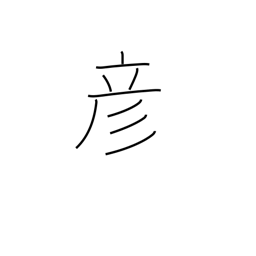
Meaning: boy (ancient)